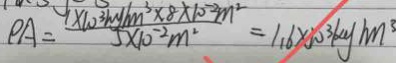
P A = \frac { 1 \times 1 0 ^ { 3 } k g / m ^ { 3 } \times 8 \times 1 0 ^ { - 2 } m ^ { 2 } } { 5 \times 1 0 ^ { - 2 } m ^ { 2 } } = 1 . 6 \times 1 0 ^ { 3 } k g / m ^ { 3 }